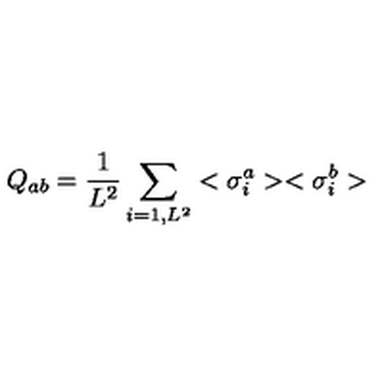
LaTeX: Q _ { a b } = { \frac { 1 } { L ^ { 2 } } } \sum _ { i = 1 , L ^ { 2 } } < \sigma _ { i } ^ { a } > < \sigma _ { i } ^ { b } >